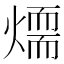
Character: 𤏙